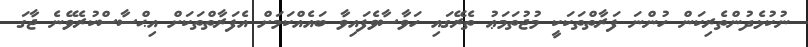
ނުކުޅެދުންތެރިކަން ހުންނަ ފަރާތްތަކަކީ މުޖުތަމަޢު ތެރޭގައި ހަވާސާވެފައިވާ ބައެއްކަމަށް އެފަރާތްތަކަށް އިޙްސާސްކުރެވޭނެ ޖާގަ